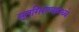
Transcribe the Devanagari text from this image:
सूतगिरण्यामध्ये